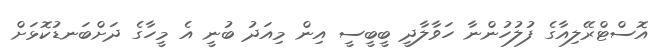
އޮސްޓްރޭލިއާގެ ފުލުހުންނާ ހަވާލާދީ ބީބީސީ އިން މިއަދު ބުނީ އެ މީހާގެ ދަށްބަނޑުކޮޅަށް